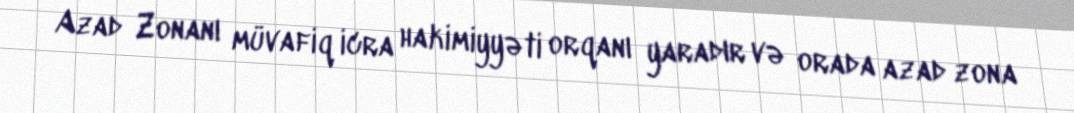
Azad Zonanı müvafiq icra hakimiyyəti orqanı yaradır və orada azad zona